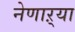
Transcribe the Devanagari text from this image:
नेणाऱ्‍या